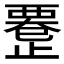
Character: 𱥇